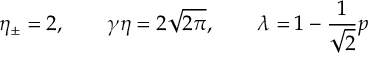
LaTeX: \eta _ { \pm } = 2 , \qquad \gamma \eta = 2 \sqrt { 2 \pi } , \qquad \lambda = 1 - \frac { 1 } { \sqrt { 2 } } p